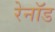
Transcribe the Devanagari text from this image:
रेनॉड